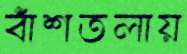
বাঁশতলায়